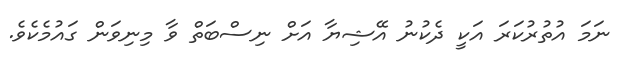
ނަމަ އުތުރުކަރަ އަކީ ދެކުނު އޭޝިޔާ އަށް ނިސްބަތް ވާ މިނިވަން ގައުމެކެވެ.